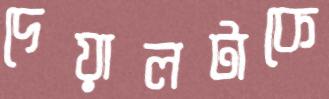
দেয়ালটাকে